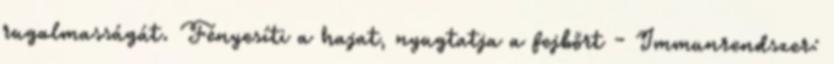
rugalmasságát. Fényesíti a hajat, nyugtatja a fejbőrt - Immunrendszer: